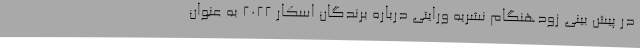
در پیش بینی زودهنگام نشریه ورایتی درباره برندگان اسکار ۲۰۲۲ به عنوان